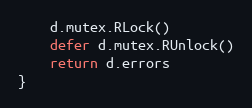
Language: Go
	d.mutex.RLock()
	defer d.mutex.RUnlock()
	return d.errors
}